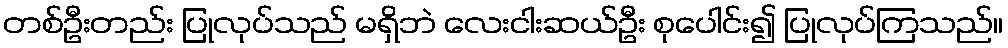
တစ်ဦးတည်း ပြုလုပ်သည် မရှိဘဲ လေးငါးဆယ်ဦး စုပေါင်း၍ ပြုလုပ်ကြသည်။